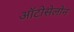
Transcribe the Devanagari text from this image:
ऑटोसेलोन